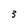
Character: 3